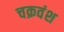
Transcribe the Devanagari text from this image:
चक्रवंश